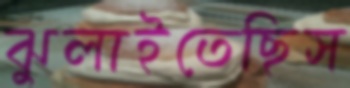
ঝুলাইতেছিস